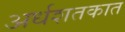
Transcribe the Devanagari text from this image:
अर्धशतकात